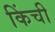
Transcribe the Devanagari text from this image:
किंची